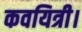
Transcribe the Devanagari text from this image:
कवयित्री।